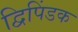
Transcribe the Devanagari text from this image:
द्विपिंडक